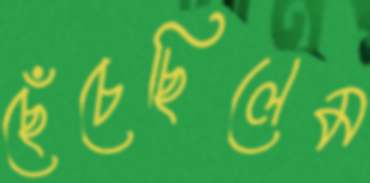
ছেঁচেছিলেম